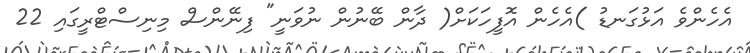
އެހެންވެ އަޅުގަނޑު )އެހެން އޮފީހަކަށް( ދާން ބޭނުން ނުވަނީ" ފިނޭންސް މިނިސްޓްރީގައި 22